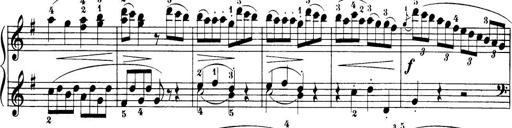
Title: 32 Sonatinas and Rondos for the Piano
Composer: Richard Kleinmichel